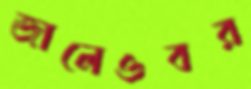
জালেওবর